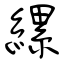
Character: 縲